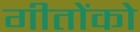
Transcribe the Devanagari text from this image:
गीतोंको